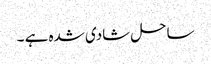
ساحل شادی شدہ ہے ۔